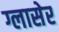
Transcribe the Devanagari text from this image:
ग्लासेर